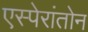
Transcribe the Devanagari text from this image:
एस्पेरांतोन